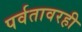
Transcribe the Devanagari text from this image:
पर्वतावरही